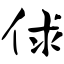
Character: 俅